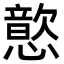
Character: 𫻎